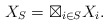
\begin{align*} X_S =\boxtimes_{i\in S} X_i. \end{align*}